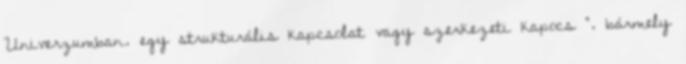
Univerzumban. egy strukturális kapcsolat vagy szerkezeti kapocs ". bármely